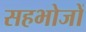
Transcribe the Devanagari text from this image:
सहभोजों